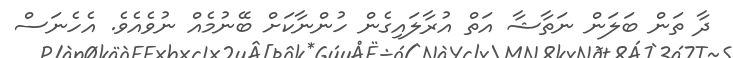
ދާ ތަން ބަލަން ނަތާޝާ އަތް އުރާލައިގެން ހުންނާކަށް ބޭނުމެއް ނުވެއެވެ. އެހެނަސް